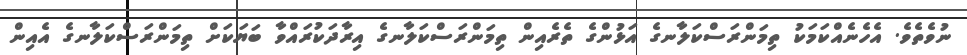
ނުވެތެވެ. އެހެނެއްކަމަކު ތިމަންރަސްކަލާނގެ އަޅުންގެ ތެރެއިން ތިމަންރަސްކަލާނގެ އިރާދަކުރައްވާ ބަޔަކަށް ތިމަންރަސްކަލާނގެ އެއިން